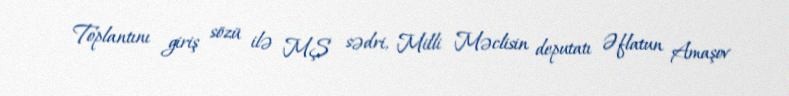
Toplantını giriş sözü ilə MŞ sədri, Milli Məclisin deputatı Əflatun Amaşov